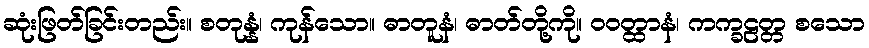
ဆုံးဖြတ်ခြင်းတည်း။ စတုန္နံ၊ ကုန်သော။ ဓာတူနံ၊ ဓာတ်တို့ကို။ ဝဝတ္ထာနံ၊ ကက္ခဠတ္တ စသော